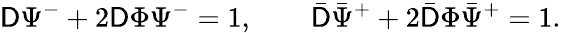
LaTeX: \mathsf{D}\Psi^{-}+2\mathsf{D}\Phi\Psi^{-}=1,\qquad\bar{{\mathsf{D}}}\bar{{\Psi}}^{+}+2\bar{{\mathsf{D}}}\Phi\bar{{\Psi}}^{+}=1.